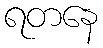
ရတနေ